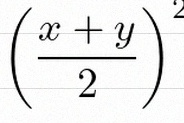
\left(\frac{x+y}{2}\right)^2